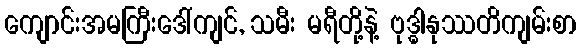
ကျောင်းအမကြီးဒေါ်ကျင်, သမီး မရီတို့နဲ့ ဗုဒ္ဓါနုဿတိကျမ်းစာ